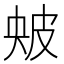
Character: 㿮